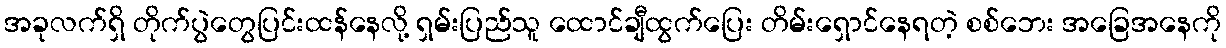
အခုလက်ရှိ တိုက်ပွဲတွေပြင်းထန်နေလို့ ရှမ်းပြည်သူ ထောင်ချီထွက်ပြေး တိမ်းရှောင်နေရတဲ့ စစ်ဘေး အခြေအနေကို